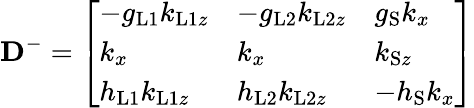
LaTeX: \mathbf{D}^{-}=\left[\begin{array}{lll}{-g_{\mathrm{L1}}k_{\mathrm{L1}z}}&{-g_{\mathrm{L2}}k_{\mathrm{L2}z}}&{g_{\mathrm{S}}k_{x}}\\ {k_{x}}&{k_{x}}&{k_{\mathrm{S}z}}\\ {h_{\mathrm{L1}}k_{\mathrm{L1}z}}&{h_{\mathrm{L2}}k_{\mathrm{L2}z}}&{-h_{\mathrm{S}}k_{x}}\end{array}\right]